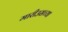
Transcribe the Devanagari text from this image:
मारीउसच्या